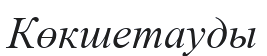
Көкшетауды